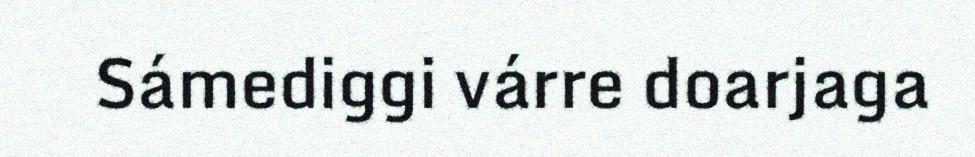
Sámediggi várre doarjaga